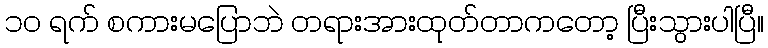
၁၀ ရက် စကားမပြောဘဲ တရားအားထုတ်တာကတော့ ပြီးသွားပါပြီ။